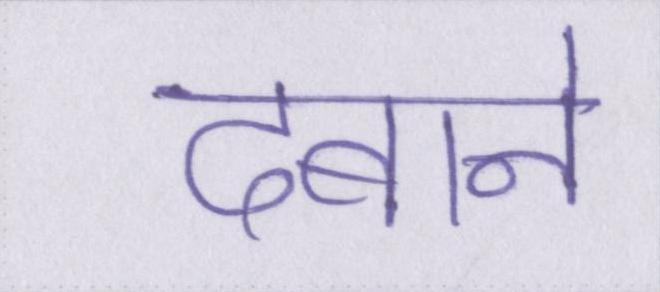
दबाने